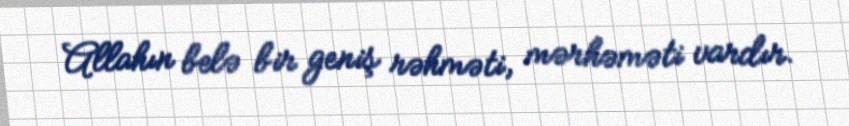
Allahın belə bir geniş rəhməti, mərhəməti vardır.